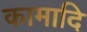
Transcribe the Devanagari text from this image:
कामादि